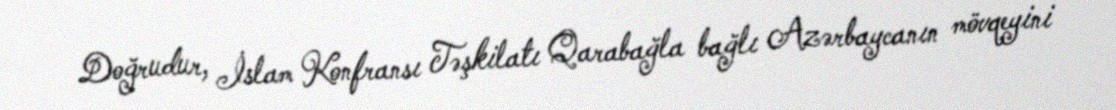
Doğrudur, İslam Konfransı Təşkilatı Qarabağla bağlı Azərbaycanın mövqeyini